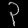
Digit: ၃